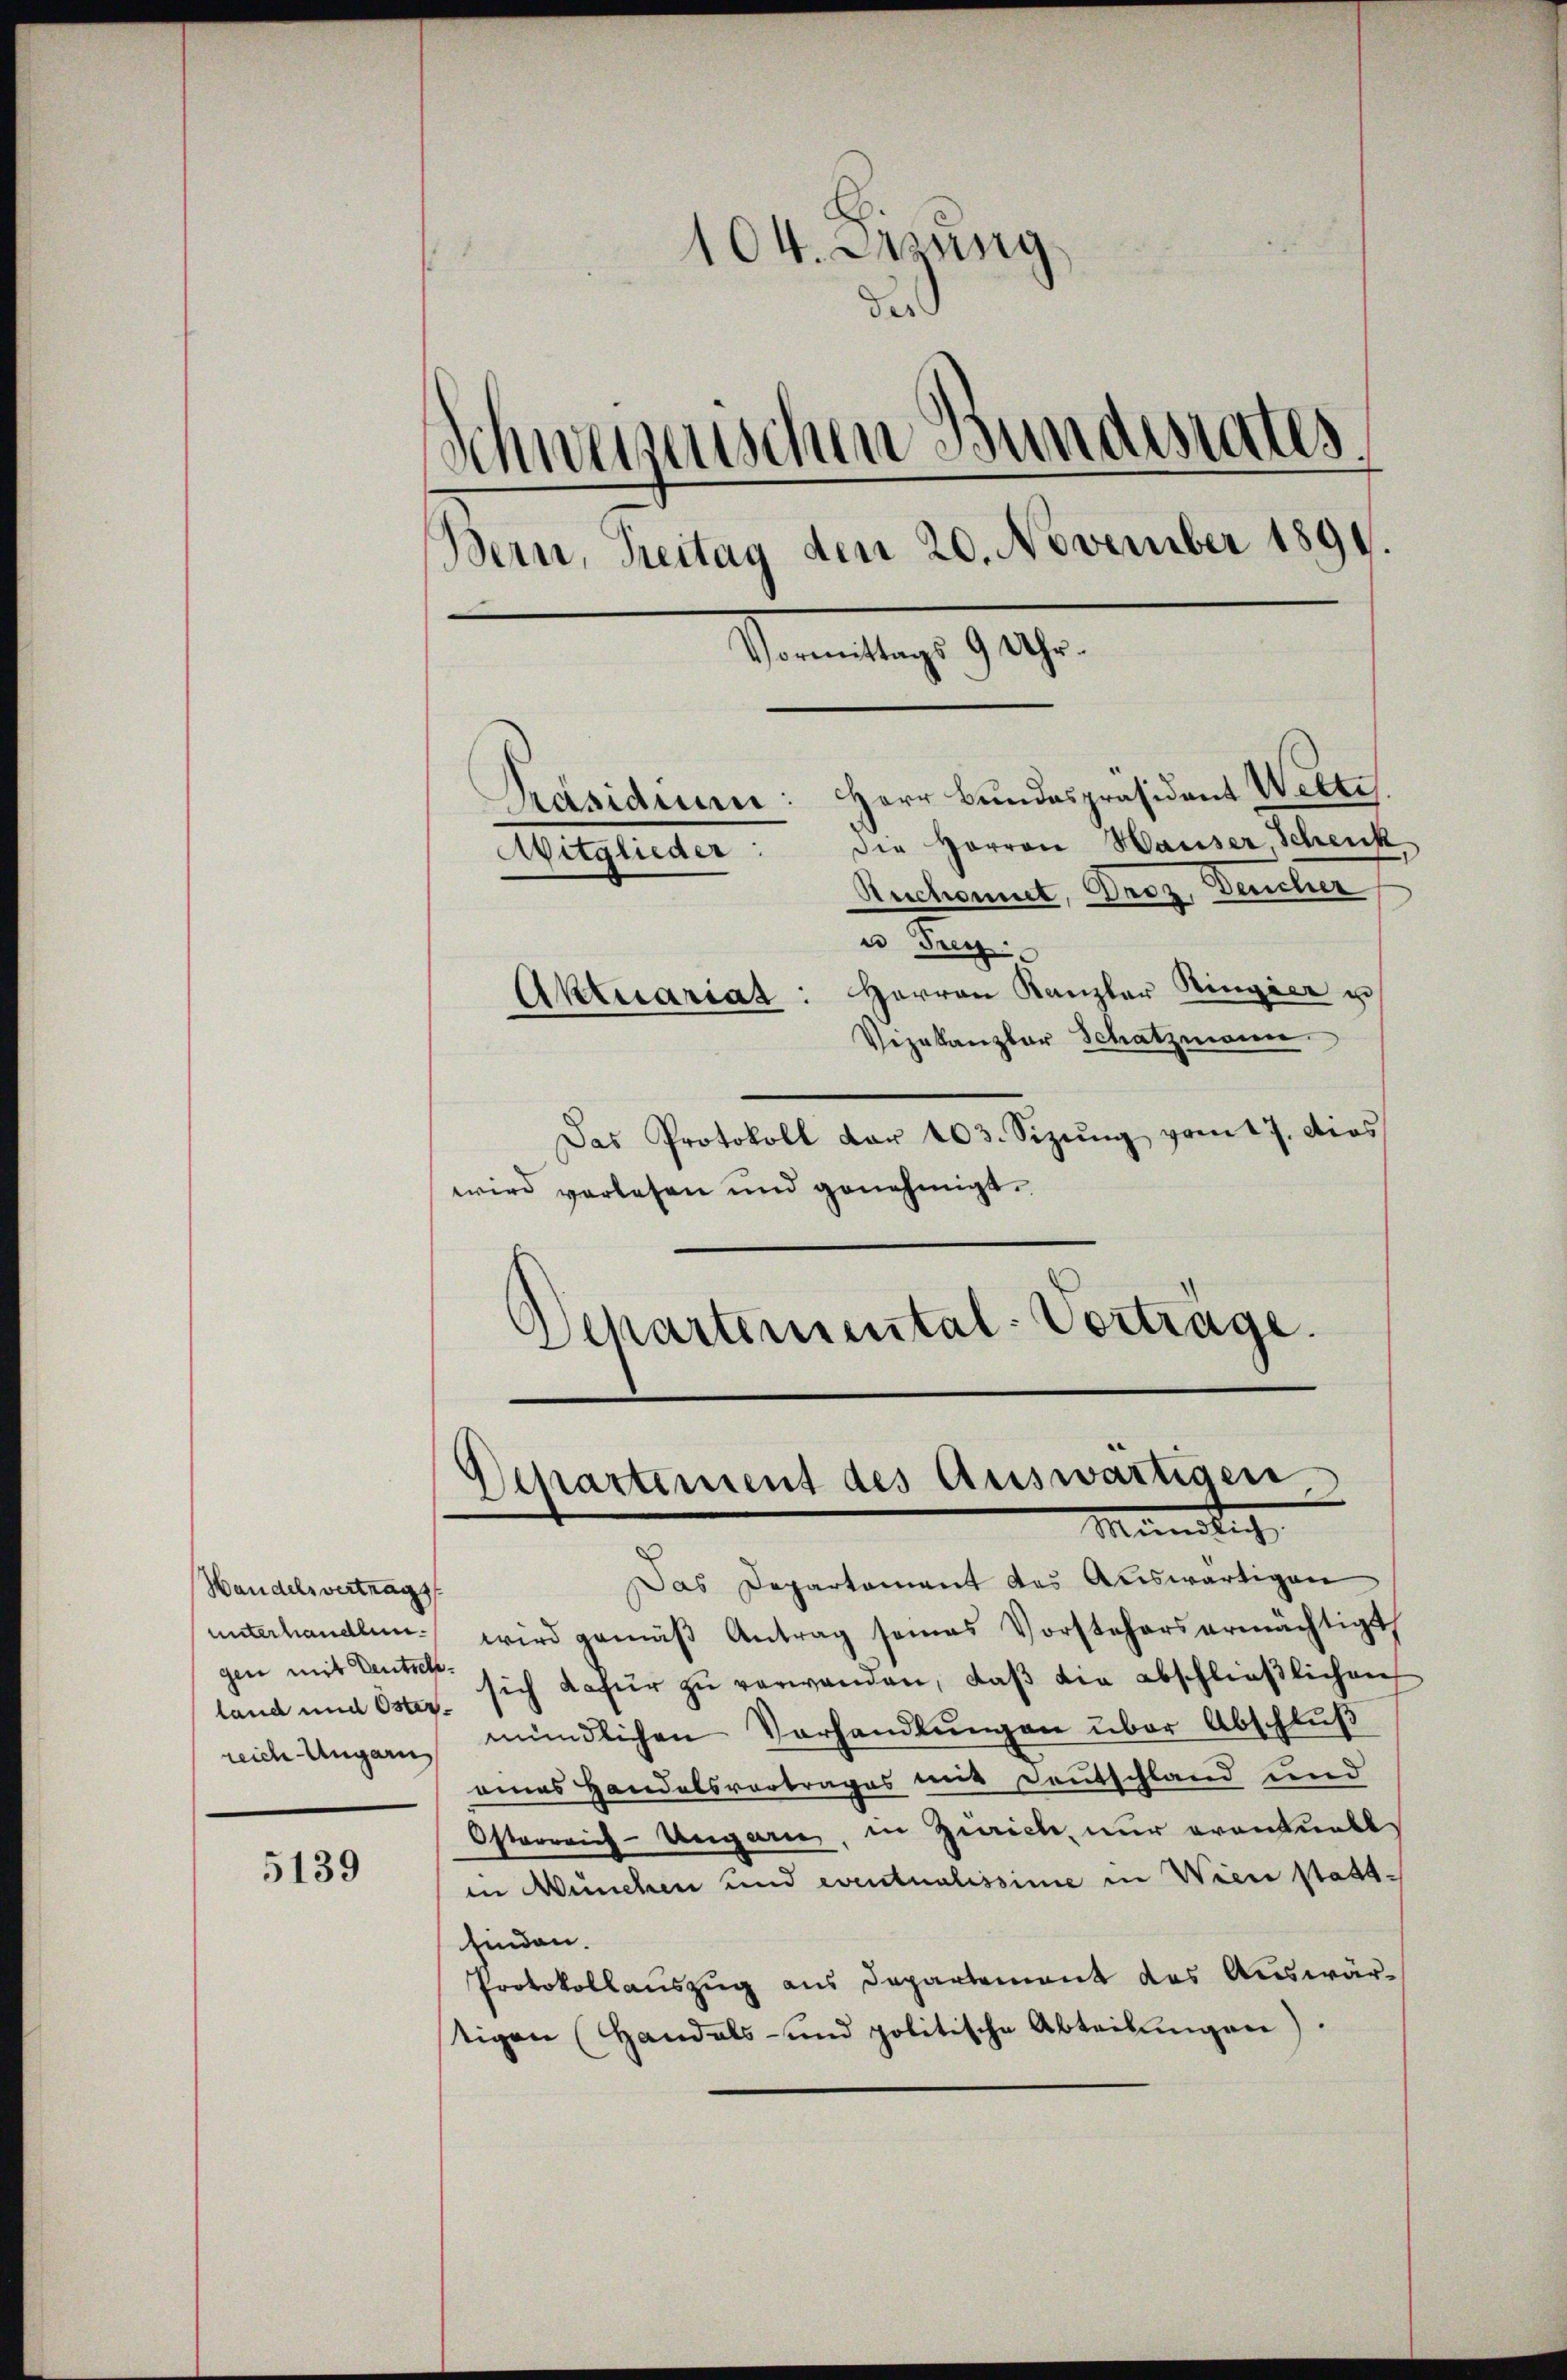
Handelsvertrags
land und Oster¬

5139

104. Sitzung
die
Schweizerischen Bundesrates,
Bern, Treitag den 20. November 1891.
Sonntag. 909.
Präsidenen: Herr Bundespräsident Welti
die Herren Hauser Schenk
Mitglieder
Ruchonnet, Derz, Deucher

u Teg
Aktuariat: Herren Kanzler Ringier u.
Vezakanzlar Schatzmann.
Das Protokoll dar 203. Sizŭng vom 17. dies
wird verlesen und genehmigt.
Schartemental-Vorträge.

Departement des Auswartisen
Münstig

Das Departement des Auswärtigen
unterhandlen wird gemäß Antrag seines Vorstehers ermächtigt
mit deute sich dafür zŭ verwanden, daβ die abschlieβlichen
reich Ungarn mündlichen Vorhandlungen über Abschluß
eines Handelsvortrages mit Deutschland und
Österreich-Ungarn, in Zürich, nur eventuell
in München und eventualissime in Wiese stattfinden.
Protokollauszug aus Departement des Auswärtigen (Handels- und politische Abteilŭngen).